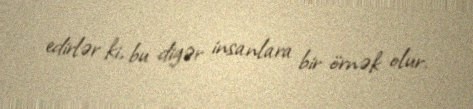
edirlər ki, bu digər insanlara bir örnək olur.